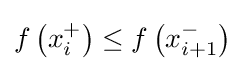
f\left(x_{i}^{+}\right)\leq f\left(x_{i+1}^{-}\right)